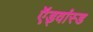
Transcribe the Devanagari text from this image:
ऍड्वांस्ड